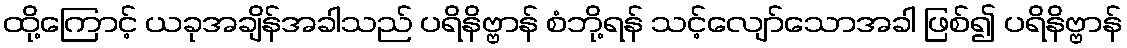
ထို့ကြောင့် ယခုအချိန်အခါသည် ပရိနိဗ္ဗာန် စံဘို့ရန် သင့်လျော်သောအခါ ဖြစ်၍ ပရိနိဗ္ဗာန်